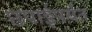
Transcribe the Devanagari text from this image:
छपाईपर्यंत